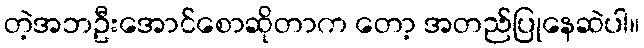
တဲ့အဘဦးအောင်စောဆိုတာက တော့ အတည်ပြုနေဆဲပါ။